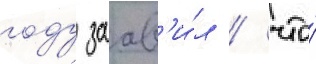
году заав'и́л / что́